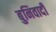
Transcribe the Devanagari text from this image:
बुनिवादी